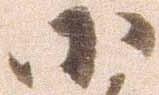
小